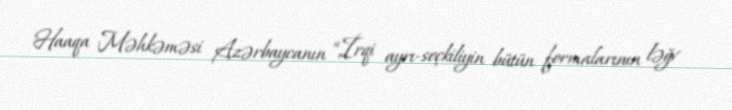
Haaqa Məhkəməsi Azərbaycanın “İrqi ayrı-seçkiliyin bütün formalarının ləğv